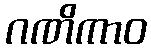
ဂဏိကာဝ